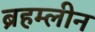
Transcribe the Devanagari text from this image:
ब्रहम्लीन